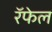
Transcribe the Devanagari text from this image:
रॅफेल